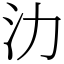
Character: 氻